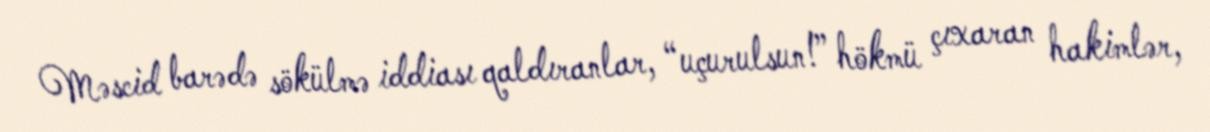
Məscid barədə sökülmə iddiası qaldıranlar, “uçurulsun!” hökmü çıxaran hakimlər,